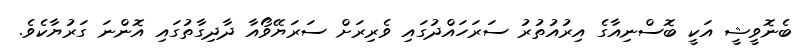
ބެނޮވީޝީ އަކީ ބޮސްނިއާގެ އިރުއުތުރު ސަރަހައްދުގައި ވެރިރަށް ސަރަޔޭވޯއާ ދާދިގާތުގައި އޮންނަ ގަރުޔާކެވެ.